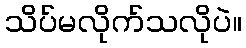
သိပ်မလိုက်သလိုပဲ။